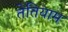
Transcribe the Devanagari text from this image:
तेतियाम